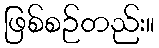
ဖြစ်စဉ်တည်း။